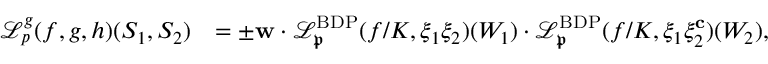
\begin{array} { r l } { \mathscr { L } _ { p } ^ { { \boldsymbol { g } } } ( f , { \boldsymbol { g } } , { \boldsymbol { h } } ) ( S _ { 1 } , S _ { 2 } ) } & { = \pm \mathbf { w } \cdot \mathscr { L } _ { \mathfrak { p } } ^ { \mathrm { B D P } } ( f / K , \xi _ { 1 } \xi _ { 2 } ) ( W _ { 1 } ) \cdot \mathscr { L } _ { \mathfrak { p } } ^ { \mathrm { B D P } } ( f / K , \xi _ { 1 } \xi _ { 2 } ^ { \mathbf { c } } ) ( W _ { 2 } ) , } \end{array}